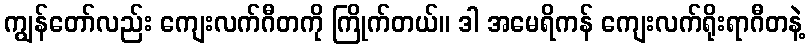
ကျွန်တော်လည်း ကျေးလက်ဂီတကို ကြိုက်တယ်။ ဒါ အမေရိကန် ကျေးလက်ရိုးရာဂီတနဲ့